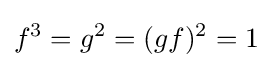
f^{3}=g^{2}=(gf)^{2}=1